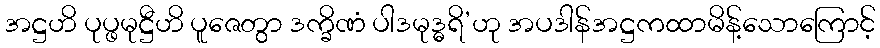
အဋ္ဌဟိ ပုပ္ဖမုဋ္ဌီဟိ ပူဇေတွာ ဒက္ခိဏံ ပါဒမုဒ္ဓရိ’ဟု အပဒါန်အဋ္ဌကထာမိန့်သောကြောင့်